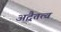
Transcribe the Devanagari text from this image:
अद्वैतत्व